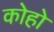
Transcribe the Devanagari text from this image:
कोहो